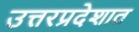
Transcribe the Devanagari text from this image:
उत्तरप्रदेशात